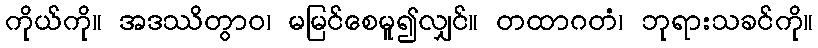
ကိုယ်ကို။ အဒဿိတွာဝ၊ မမြင်စေမူ၍လျှင်။ တထာဂတံ၊ ဘုရားသခင်ကို။